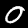
Label: 0